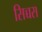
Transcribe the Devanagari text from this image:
सिच्चस